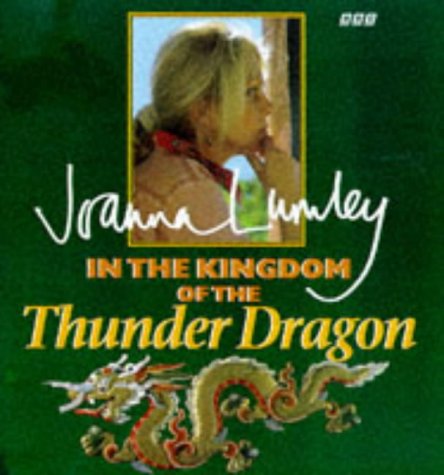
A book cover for In the Kingdom of the Thunder Dragon; Joanna Lumley; Travel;